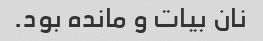
نان بیات و مانده بود.